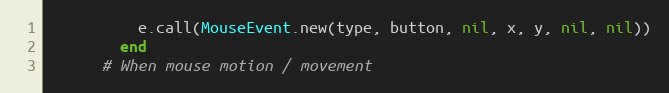
Language: Ruby
          e.call(MouseEvent.new(type, button, nil, x, y, nil, nil))
        end
      # When mouse motion / movement